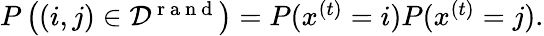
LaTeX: \begin{array}{r}{P\left((i,j)\in{\cal D}^{\mathrm{~r~a~n~d~}}\right)=P(x^{(t)}=i)P(x^{(t)}=j).}\end{array}